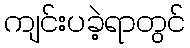
ကျင်းပခဲ့ရာတွင်